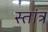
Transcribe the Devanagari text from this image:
स्तांत्र